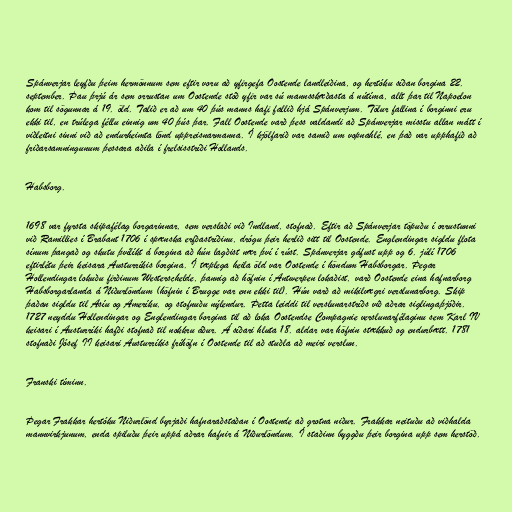
Spánverjar leyfðu þeim hermönnum sem eftir voru að yfirgefa Oostende landleiðina, og hertóku síðan borgina 22.
september. Þau þrjú ár sem orrustan um Oostende stóð yfir var sú mannsskæðasta á nútíma, allt þar til Napoelon
kom til sögunnar á 19. öld. Talið er að um 40 þús manns hafi fallið hjá Spánverjum. Tölur fallina í borginni eru
ekki til, en trúlega féllu einnig um 40 þús þar. Fall Oostende varð þess valdandi að Spánverjar misstu allan mátt í
viðleitni sinni við að endurheimta lönd uppreisnarmanna. Í kjölfarið var samið um vopnahlé, en það var upphafið að
friðarsamningunum þessara aðila í frelsisstríði Hollands.

Habsborg.

1698 var fyrsta skipafélag borgarinnar, sem verslaði við Indland, stofnað. Eftir að Spánverjar töpuðu í orrustunni
við Ramillies í Brabant 1706 í spænska erfðastríðinu, drógu þeir herlið sitt til Oostende. Englendingar sigldu flota
sínum þangað og skutu þvílíkt á borgina að hún lagðist nær því í rúst. Spánverjar gáfust upp og 6. júlí 1706
eftirlétu þeir keisara Austurríkis borgina. Í tæplega heila öld var Oostende í höndum Habsborgar. Þegar
Hollendingar lokuðu firðinum Westerschelde, þannig að höfnin í Antwerpen lokaðist, varð Oostende eina hafnarborg
Habsborgarlanda á Niðurlöndum (höfnin í Brugge var enn ekki til). Hún varð að mikilvægri verslunarborg. Skip
þaðan sigldu til Asíu og Ameríku, og stofnuðu nýlendur. Þetta leiddi til verslunarstríðs við aðrar siglingaþjóðir.
1727 neyddu Hollendingar og Englendingar borgina til að loka Oostendse Compagnie verslunarfélaginu sem Karl IV
keisari í Austurríki hafði stofnað til nokkru áður. Á síðari hluta 18. aldar var höfnin stækkuð og endurbætt. 1781
stofnaði Jósef II keisari Austurríkis fríhöfn í Oostende til að stuðla að meiri verslun.

Franski tíminn.

Þegar Frakkar hertóku Niðurlönd byrjaði hafnaraðstaðan í Oostende að grotna niður. Frakkar neituðu að viðhalda
mannvirkjunum, enda spiluðu þeir uppá aðrar hafnir á Niðurlöndum. Í staðinn byggðu þeir borgina upp sem herstöð.